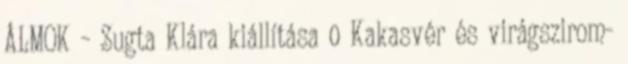
ÁLMOK – Sugta Klára kiállítása 0 Kakasvér és virágszirom-